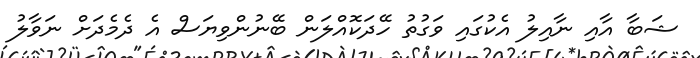
ޝަބާ އާއި ނާއިލު އެކުގައި ވަގުތު ހޭދަކޮއްލަން ބޭނުންވިޔަސް އެ ދެމެދަށް ނަވާލު